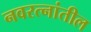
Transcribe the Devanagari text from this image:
नवरत्नांतील